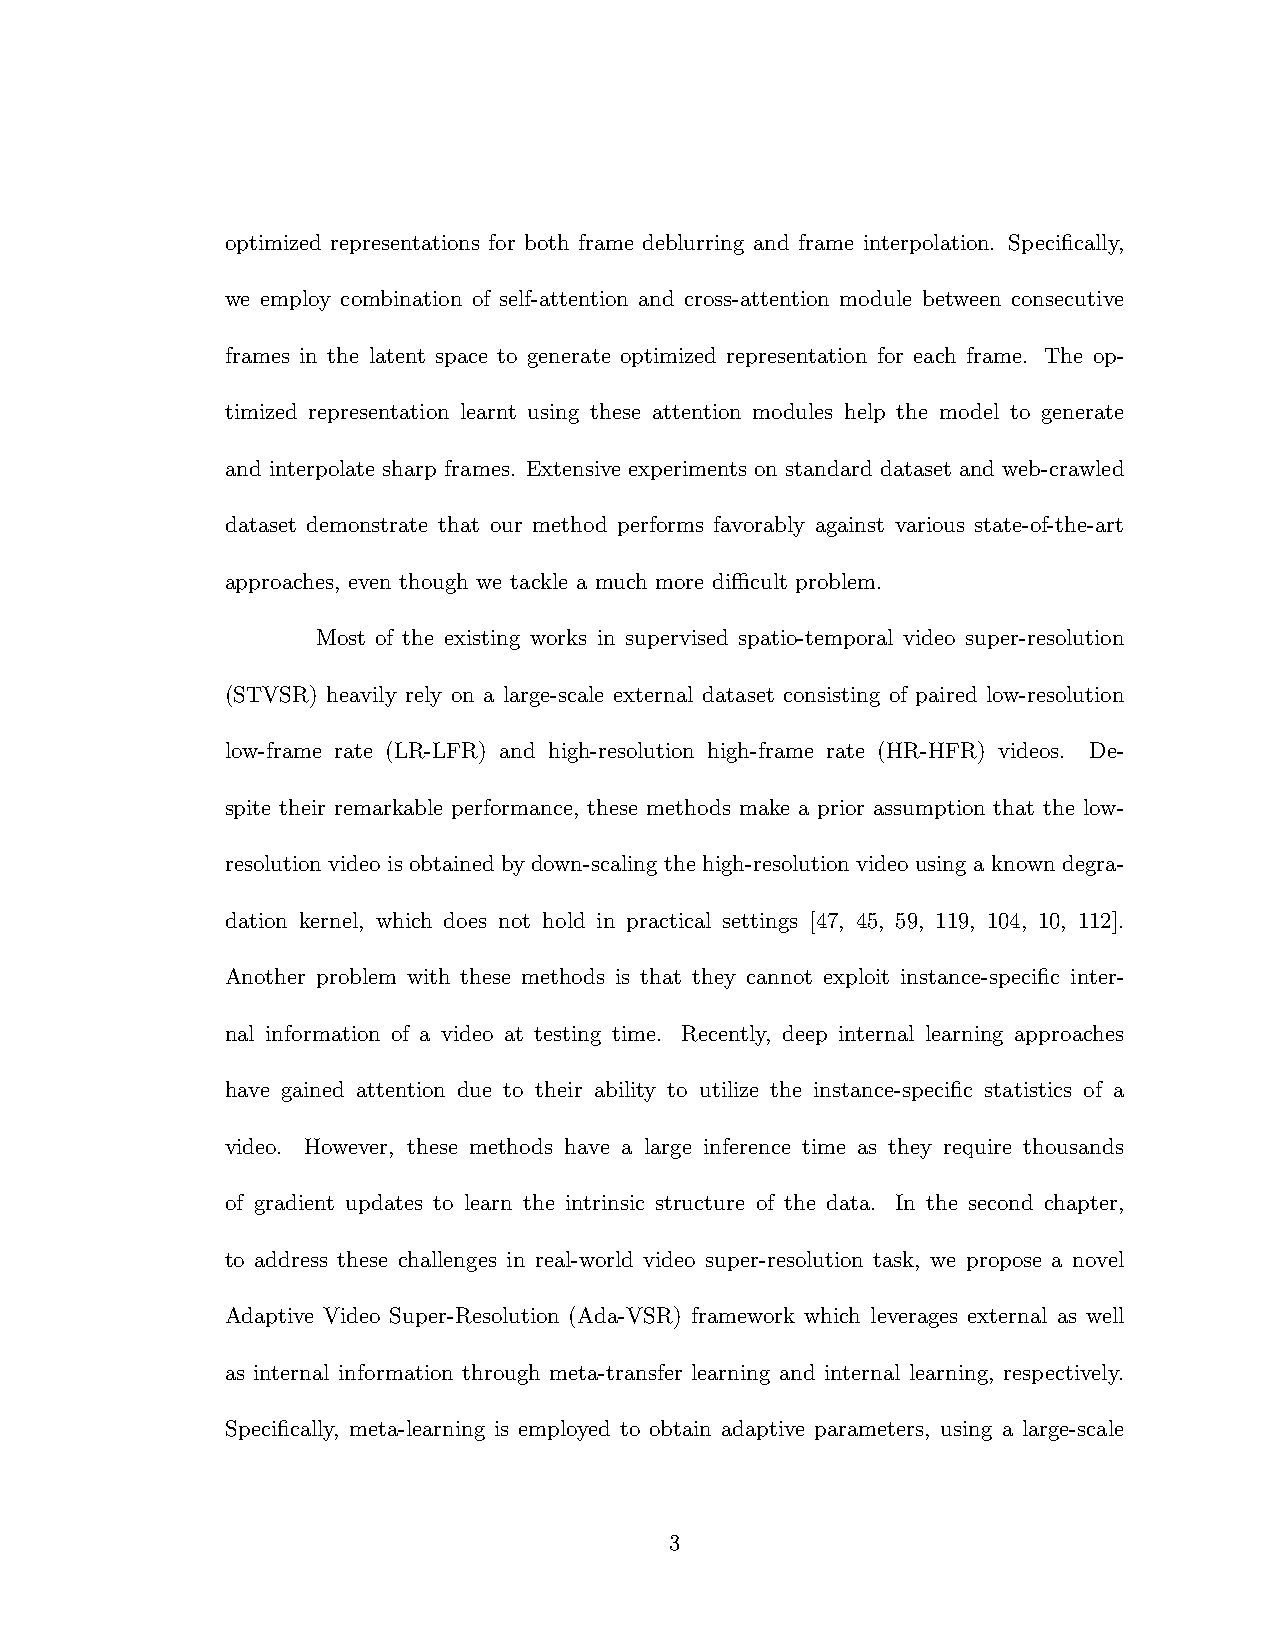
optimized representations for both frame deblurring and frame interpolation. Specifically,
 we employ combination of self-attention and cross-attention module between consecutive
 frames in the latent space to generate optimized representation for each frame. The op-
 timized representation learnt using these attention modules help the model to generate
 and interpolate sharp frames. Extensive experiments on standard dataset and web-crawled
 dataset demonstrate that our method performs favorably against various state-of-the-art
 approaches, even though we tackle a much more difficult problem.
 Most of the existing works in supervised spatio-temporal video super-resolution
 (STVSR) heavily rely on a large-scale external dataset consisting of paired low-resolution
 low-frame rate (LR-LFR) and high-resolution high-frame rate (HR-HFR) videos. De-
 spite their remarkable performance, these methods make a prior assumption that the low-
 resolution video is obtained by down-scaling the high-resolution video using a known degra-
 dation kernel, which does not hold in practical settings [47, 45, 59, 119, 104, 10, 112].
 Another problem with these methods is that they cannot exploit instance-specific inter-
 nal information of a video at testing time. Recently, deep internal learning approaches
 have gained attention due to their ability to utilize the instance-specific statistics of a
 video. However, these methods have a large inference time as they require thousands
 of gradient updates to learn the intrinsic structure of the data. In the second chapter,
 to address these challenges in real-world video super-resolution task, we propose a novel
 Adaptive Video Super-Resolution (Ada-VSR) framework which leverages external as well
 as internal information through meta-transfer learning and internal learning, respectively.
 Specifically, meta-learning is employed to obtain adaptive parameters, using a large-scale
 3